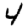
Digit: 4